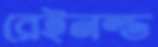
রেইনল্ড